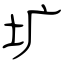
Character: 圹